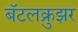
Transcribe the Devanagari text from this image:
बॅटलक्रुझर